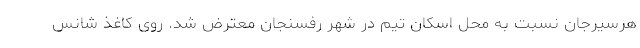
هرسیرجان نسبت به محل اسکان تیم در شهر رفسنجان معترض شد. روی کاغذ شانس